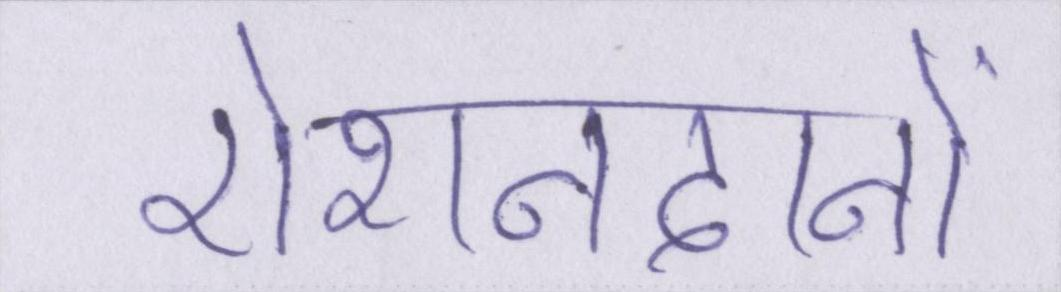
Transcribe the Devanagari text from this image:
रोशनदानों